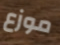
موزع